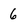
Character: 6